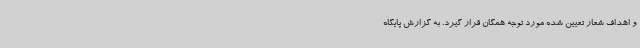
و اهداف شعار تعیین شده مورد توجه همگان قرار گیرد. به گزارش پایگاه